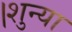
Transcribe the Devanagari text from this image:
।शुन्या